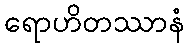
ရောဟိတဿာနံ